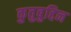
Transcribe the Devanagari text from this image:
कुतुबुद्दिन